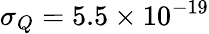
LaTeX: \sigma_{Q}=5.5\times 10^{-19}